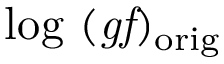
\mathrm { l o g ~ ( \it g f ) _ { \mathrm { o r i g } } }